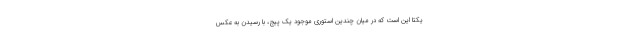
یکتا این است که در میان چندین استوری موجود یک پیج، با رسیدن به عکس